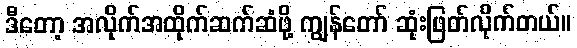
ဒီတော့ အလိုက်အထိုက်ဆက်ဆံဖို့ ကျွန်တော် ဆုံးဖြတ်လိုက်တယ်။